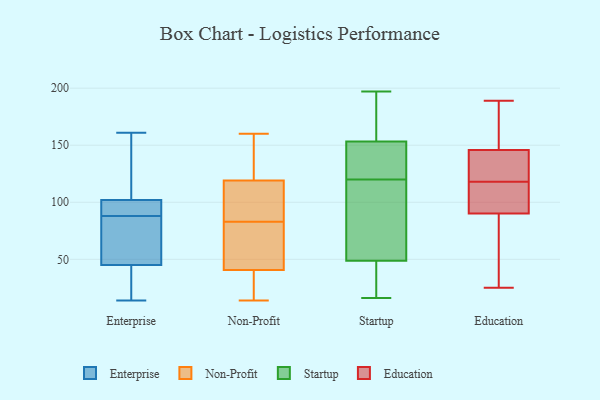
{"axis": {"x": "Conversion Rate (%)", "y": "Value"}, "legend": ["Education", "Enterprise", "Non-Profit", "Startup"], "data": [{"x": "", "y": 61, "type": "Enterprise"}, {"x": "", "y": 111, "type": "Enterprise"}, {"x": "", "y": 161, "type": "Enterprise"}, {"x": "", "y": 102, "type": "Enterprise"}, {"x": "", "y": 97, "type": "Enterprise"}, {"x": "", "y": 96, "type": "Enterprise"}, {"x": "", "y": 14, "type": "Enterprise"}, {"x": "", "y": 45, "type": "Enterprise"}, {"x": "", "y": 80, "type": "Enterprise"}, {"x": "", "y": 16, "type": "Enterprise"}, {"x": "", "y": 29, "type": "Non-Profit"}, {"x": "", "y": 81, "type": "Non-Profit"}, {"x": "", "y": 143, "type": "Non-Profit"}, {"x": "", "y": 61, "type": "Non-Profit"}, {"x": "", "y": 83, "type": "Non-Profit"}, {"x": "", "y": 17, "type": "Non-Profit"}, {"x": "", "y": 120, "type": "Non-Profit"}, {"x": "", "y": 90, "type": "Non-Profit"}, {"x": "", "y": 34, "type": "Non-Profit"}, {"x": "", "y": 116, "type": "Non-Profit"}, {"x": "", "y": 160, "type": "Non-Profit"}, {"x": "", "y": 14, "type": "Non-Profit"}, {"x": "", "y": 73, "type": "Non-Profit"}, {"x": "", "y": 91, "type": "Non-Profit"}, {"x": "", "y": 151, "type": "Non-Profit"}, {"x": "", "y": 120, "type": "Startup"}, {"x": "", "y": 194, "type": "Startup"}, {"x": "", "y": 16, "type": "Startup"}, {"x": "", "y": 48, "type": "Startup"}, {"x": "", "y": 99, "type": "Startup"}, {"x": "", "y": 193, "type": "Startup"}, {"x": "", "y": 152, "type": "Startup"}, {"x": "", "y": 46, "type": "Startup"}, {"x": "", "y": 197, "type": "Startup"}, {"x": "", "y": 157, "type": "Startup"}, {"x": "", "y": 52, "type": "Startup"}, {"x": "", "y": 49, "type": "Startup"}, {"x": "", "y": 127, "type": "Startup"}, {"x": "", "y": 55, "type": "Startup"}, {"x": "", "y": 131, "type": "Startup"}, {"x": "", "y": 41, "type": "Startup"}, {"x": "", "y": 139, "type": "Startup"}, {"x": "", "y": 100, "type": "Education"}, {"x": "", "y": 103, "type": "Education"}, {"x": "", "y": 150, "type": "Education"}, {"x": "", "y": 149, "type": "Education"}, {"x": "", "y": 133, "type": "Education"}, {"x": "", "y": 87, "type": "Education"}, {"x": "", "y": 147, "type": "Education"}, {"x": "", "y": 118, "type": "Education"}, {"x": "", "y": 189, "type": "Education"}, {"x": "", "y": 139, "type": "Education"}, {"x": "", "y": 25, "type": "Education"}, {"x": "", "y": 78, "type": "Education"}, {"x": "", "y": 41, "type": "Education"}, {"x": "", "y": 68, "type": "Education"}, {"x": "", "y": 177, "type": "Education"}, {"x": "", "y": 127, "type": "Education"}, {"x": "", "y": 114, "type": "Education"}, {"x": "", "y": 142, "type": "Education"}, {"x": "", "y": 112, "type": "Education"}]}